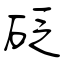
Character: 砭